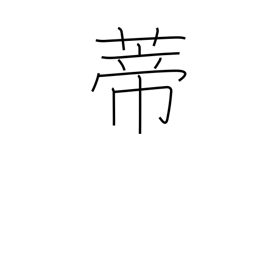
Meaning: peduncle